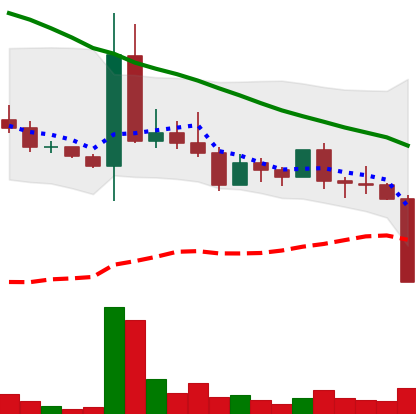
Ticker: DOGE-USD
Chart end date: 2022-05-09
Forward return: -14.336%
Label: down_7plus